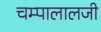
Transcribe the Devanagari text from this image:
चम्पालालजी